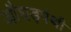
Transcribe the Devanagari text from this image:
औघड़पंथी